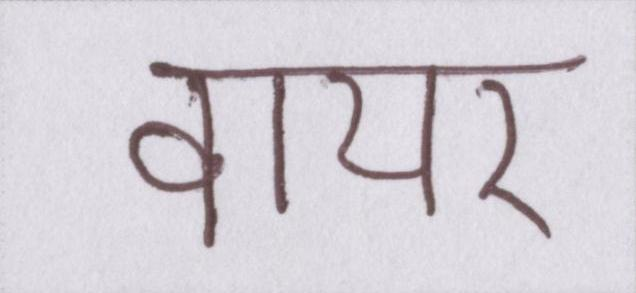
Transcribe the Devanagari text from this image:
वायर